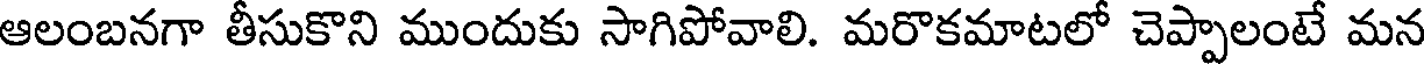
ఆలంబనగా తీసుకొని ముందుకు సాగిపోవాలి. మరొకమాటలో చెప్పాలంటే మన